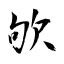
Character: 欨